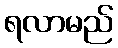
ရလာမည်